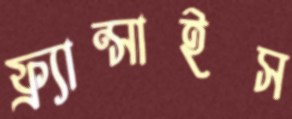
ফ্র্যান্সাইস